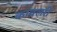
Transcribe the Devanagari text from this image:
कावलरी